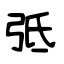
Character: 弤